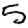
Digit: 5